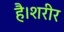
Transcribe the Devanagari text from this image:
है।शरीर